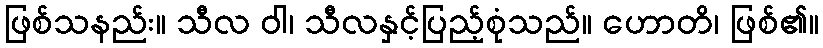
ဖြစ်သနည်း။ သီလ ဝါ၊ သီလနှင့်ပြည့်စုံသည်။ ဟောတိ၊ ဖြစ်၏။